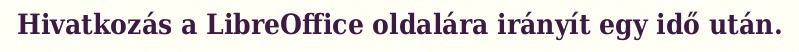
Hivatkozás a LibreOffice oldalára irányít egy idő után.